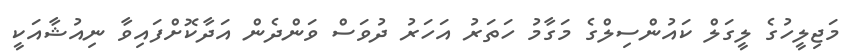
މަޖިލީހުގެ ލީގަލް ކައުންސިލްގެ މަގާމު ހަތަރު އަހަރު ދުވަސް ވަންދެން އަދާކޮށްފައިވާ ނިއުޝާއަކީ